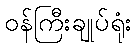
ဝန်ကြီးချုပ်ရုံး